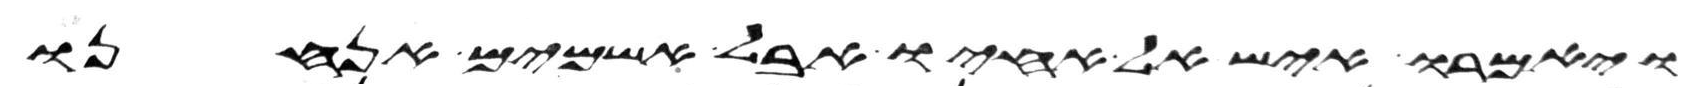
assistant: ויאמרו איש אל אחיו אבל אשמים אנחנו